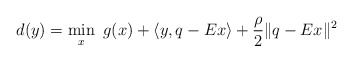
\begin{align*}d(y) = \min_{x} \ g(x)+ \langle y, q - Ex \rangle +\frac{\rho}{2}\|q-Ex\|^2\end{align*}